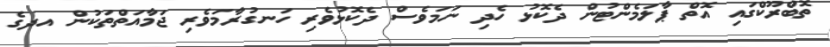
ތޮބްރޫކްގައި އޮތް ޕާލަމެންޓުން ދެކޮޅު ހެދި ނަމަވެސް ދެކޮޅުވެރި ހަނގުރާމަވެރި ޖަމާއަތްތަކުން އދގެ